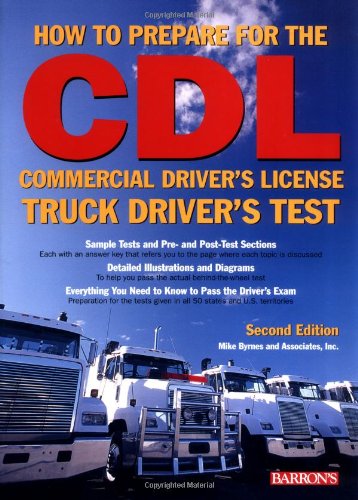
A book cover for How to Prepare for the CDL: Commercial Driver's License Truck Driver's Test (Barron's CDL Truck Driver's Test); Mike Byrnes and Associates; Test Preparation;